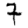
Digit: 7